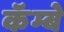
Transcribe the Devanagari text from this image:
कॅम्बे